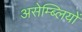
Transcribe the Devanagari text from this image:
असेम्ब्लियों